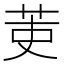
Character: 𮎫